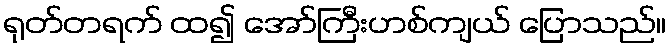
ရုတ်တရက် ထ၍ အော်ကြီးဟစ်ကျယ် ပြောသည်။